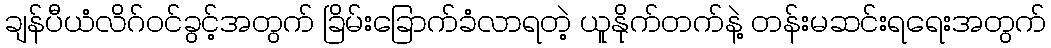
ချန်ပီယံလိဂ်ဝင်ခွင့်အတွက် ခြိမ်းခြောက်ခံလာရတဲ့ ယူနိုက်တက်နဲ့ တန်းမဆင်းရရေးအတွက်